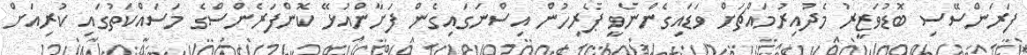
ފަރަންސޭސި ބޮޑުވަޒީރު މެދުއިރުމައްޗަށް ވަޑައިގެންނެވީ ޕެރިހުން އިސްނަގައިގެން ފަށާންއުޅޭ ކޮންފަރެންސްގެ މަސައްކަތުގައި ކުރިއަށް